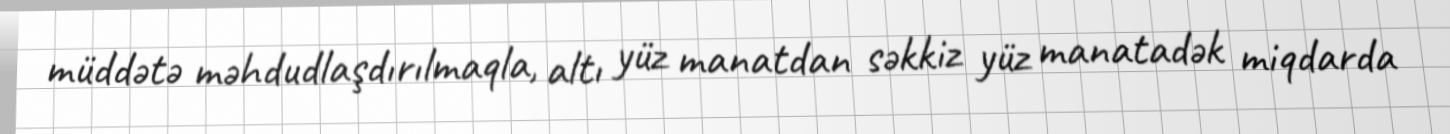
müddətə məhdudlaşdırılmaqla, altı yüz manatdan səkkiz yüz manatadək miqdarda